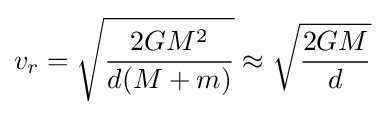
v_{r}={\sqrt {\frac {2GM^{2}}{d(M+m)}}}\approx {\sqrt {\frac {2GM}{d}}}